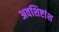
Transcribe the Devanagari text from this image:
अवशिष्टांश